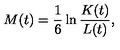
M ( t ) = \frac { 1 } { 6 } \ln \frac { K ( t ) } { L ( t ) } ,